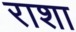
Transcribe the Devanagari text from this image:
राशा